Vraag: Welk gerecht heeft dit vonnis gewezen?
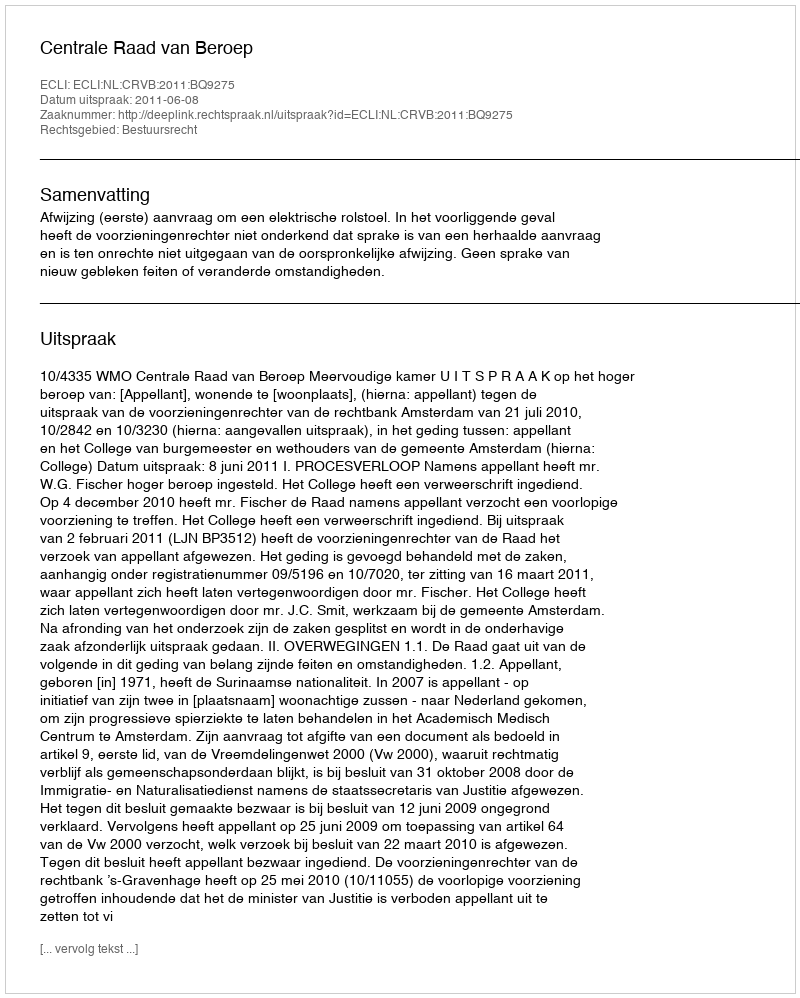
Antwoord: Centrale Raad van Beroep